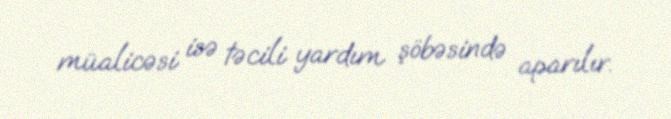
müalicəsi isə təcili yardım şöbəsində aparılır.